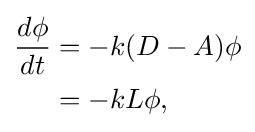
{\begin{aligned}{\frac {d\phi }{dt}}&=-k(D-A)\phi \\&=-kL\phi ,\end{aligned}}